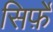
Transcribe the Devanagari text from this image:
सिर्फ़े